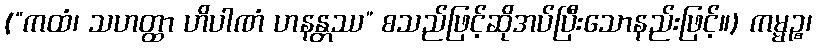
(“ကထံ၊ သဟတ္ထာ ဟိပါဏံ ဟနန္တဿ” စသည်ဖြင့်ဆိုအပ်ပြီးသောနည်းဖြင့်။) ကမ္မဉ္စ၊